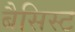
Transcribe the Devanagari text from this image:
बैसिस्ट